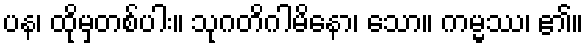
ပန၊ ထိုမှတစ်ပါး။ သုဂတိဂါမိနော၊ သော။ ကမ္မဿ၊ ၏။